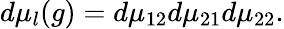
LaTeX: d\mu_{l}(g)=d\mu_{12}d\mu_{21}d\mu_{22}.